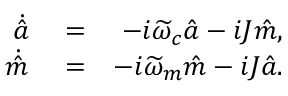
\begin{array} { r l r } { \dot { \hat { a } } } & { { } = } & { - i \widetilde { \omega } _ { c } \hat { a } - i J \hat { m } , } \\ { \dot { \hat { m } } } & { { } = } & { - i \widetilde { \omega } _ { m } \hat { m } - i J \hat { a } . } \end{array}